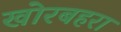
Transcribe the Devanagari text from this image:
खोरबहरा